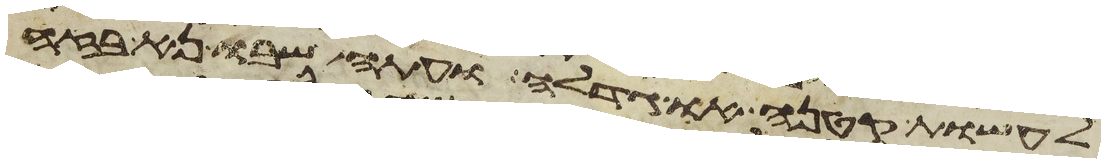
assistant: לעשות קטנה או גדלה ועתה שבו נא בזה